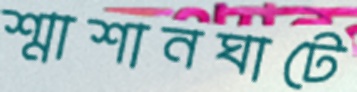
শ্মাশানঘাটে